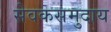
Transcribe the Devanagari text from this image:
सेवकसमुदाय